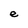
Character: e